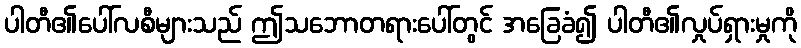
ပါတီ၏ပေါ်လစီများသည် ဤသဘောတရားပေါ်တွင် အခြေခံ၍ ပါတီ၏လှုပ်ရှားမှုကို